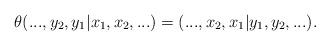
LaTeX: \begin{align*} \theta(...,y_2,y_1|x_1,x_2,...)= (...,x_2,x_1|y_1,y_2,...). \end{align*}